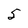
Character: 5